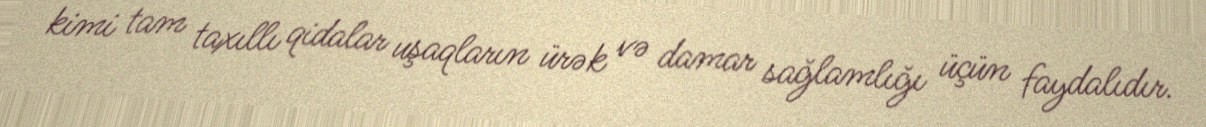
kimi tam taxıllı qidalar uşaqların ürək və damar sağlamlığı üçün faydalıdır.